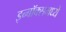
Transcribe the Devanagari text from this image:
इन्बॉक्समध्ये